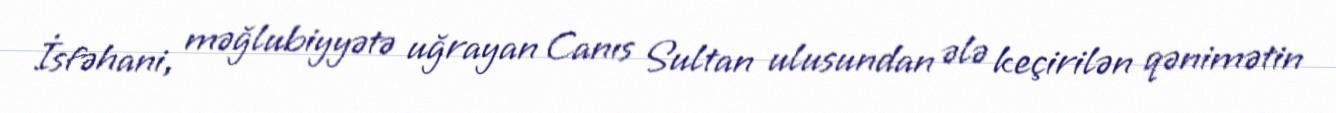
İsfəhani, məğlubiyyətə uğrayan Canıs Sultan ulusundan ələ keçirilən qənimətin